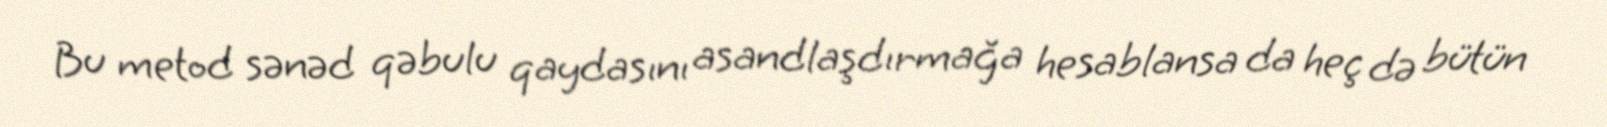
Bu metod sənəd qəbulu qaydasını asandlaşdırmağa hesablansa da heç də bütün